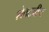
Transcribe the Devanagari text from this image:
शेवटचीच